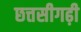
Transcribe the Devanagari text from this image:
छत्तसीगढ़ी